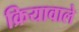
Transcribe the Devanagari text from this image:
क्रियावाले